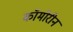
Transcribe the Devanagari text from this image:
कॉमोरीन